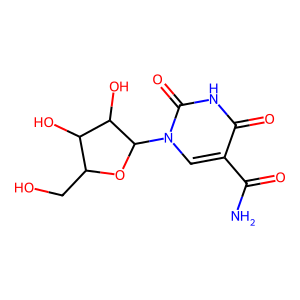
SMILES: NC(=O)c1cn(C2OC(CO)C(O)C2O)c(=O)[nH]c1=O
Inhibits HIV replication: No